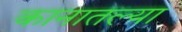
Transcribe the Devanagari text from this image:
कानातल्या